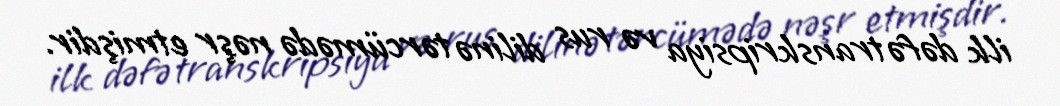
ilk dəfə transkripsiya və rus dilinə tərcümədə nəşr etmişdir.